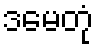
ဒမေတုံ